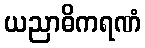
ယညာဓိကရဏံ